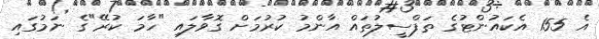
އެ 155 އެކައުންޓުގެ ތަފްސީލުތައް އާންމު ކުރުމަށް ގޮވާލައި "ހާމަ ކުރޭ"ގެ ނަމުގައި